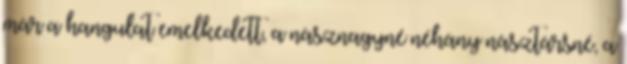
már a hangulat emelkedett, a násznagyné néhány násztársné, a